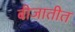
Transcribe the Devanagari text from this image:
बीजातीत